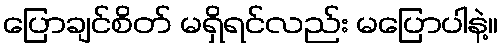
ပြောချင်စိတ် မရှိရင်လည်း မပြောပါနဲ့။